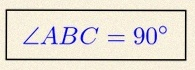
\angle ABC=90^\circ